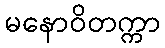
မနောဝိတက္ကာ